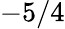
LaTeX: -5/4